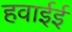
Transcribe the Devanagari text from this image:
हवाईई